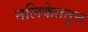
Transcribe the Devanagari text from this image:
नलिकेततून